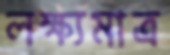
লক্ষ্যমাত্র